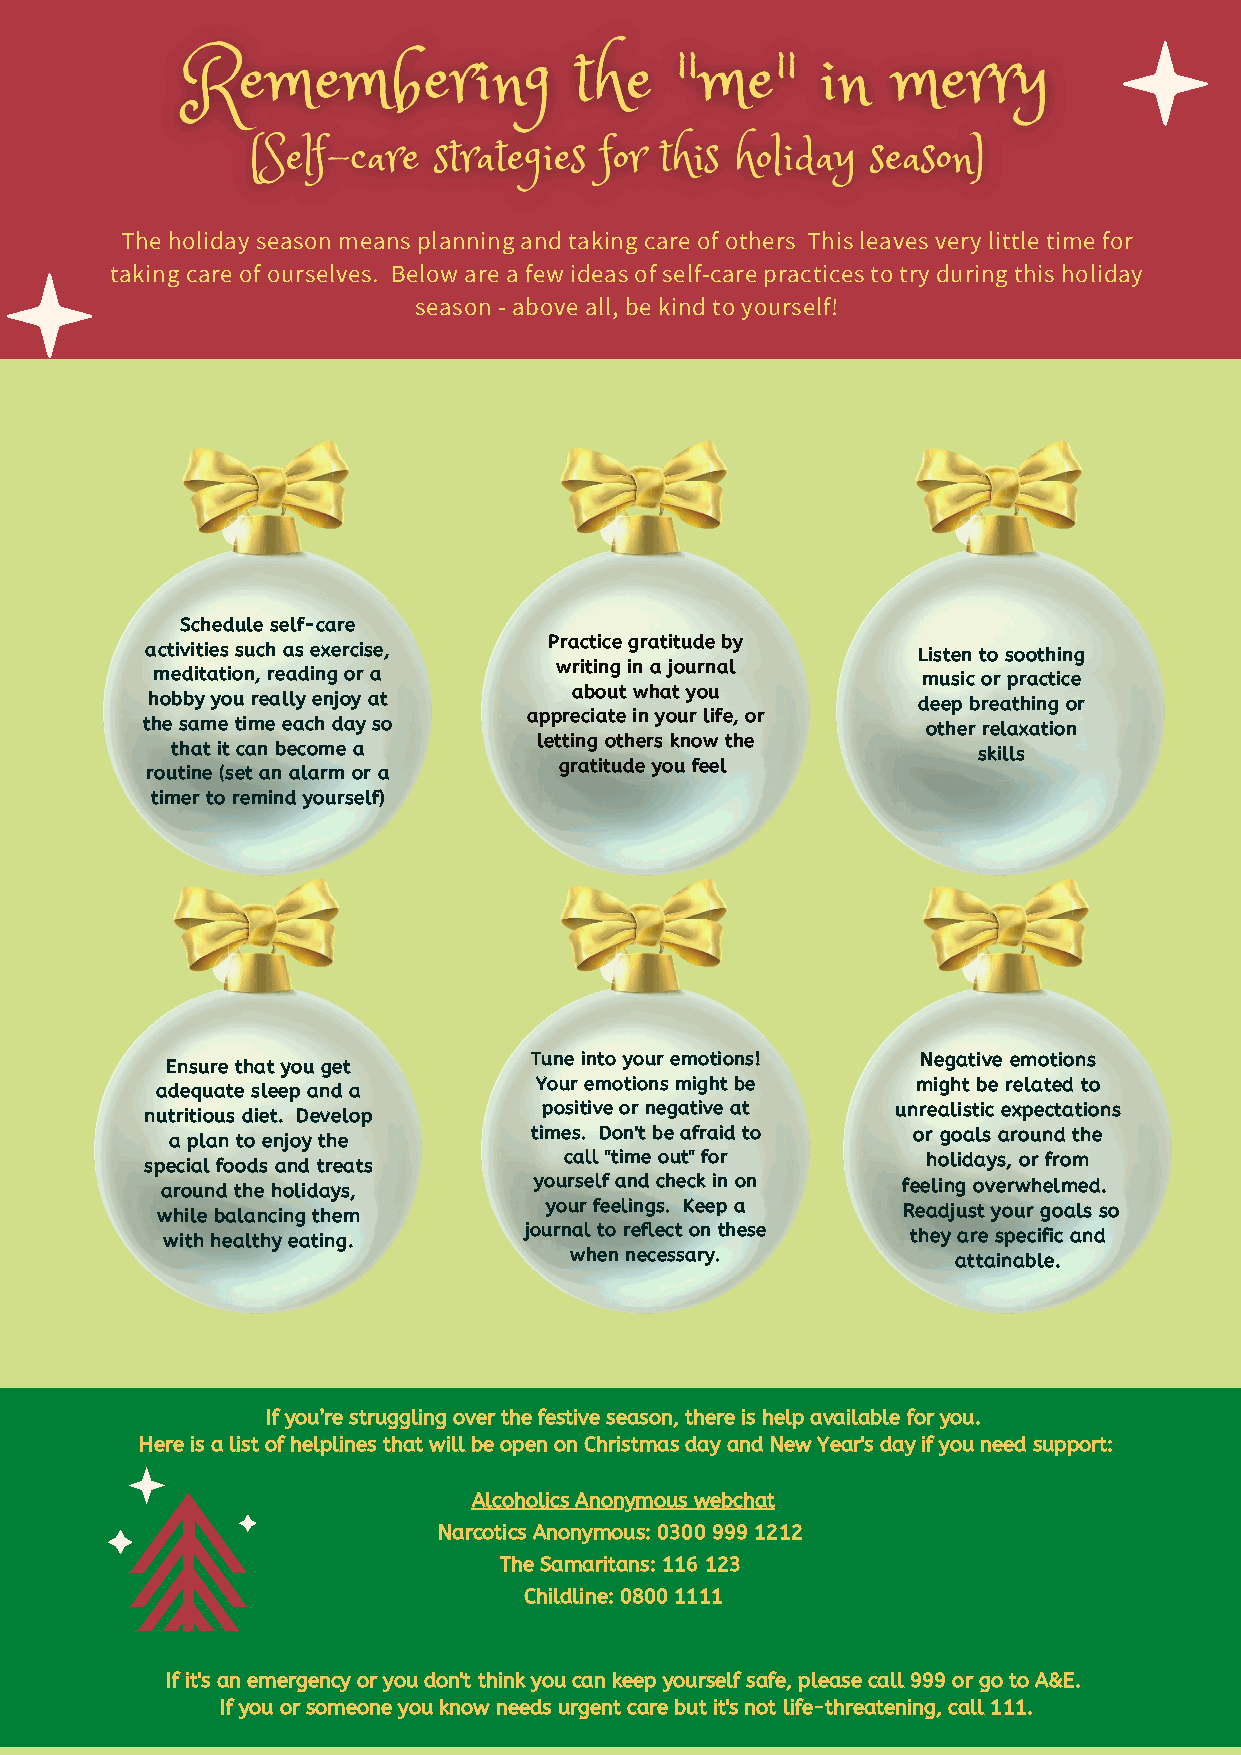
The holiday season means planning and taking care of others This leaves very little time for
 taking care of ourselves. Below are a few ideas of self-care practices to try during this holiday
 season - above all, be kind to yourself!
 Schedule self-care
 Practice gratitude by
 activities such as exercise,                       Listen to soothing
 writing in a journal
 meditation, reading or a                           music or practice
 about what you
 hobby you really enjoy at                          deep breathing or
 appreciate in your life, or
 the same time each day so                           other relaxation
 letting others know the
 that it can become a                                  skills
 gratitude you feel
 routine (set an alarm or a
 timer to remind yourself)
 Tune into your emotions!  Negative emotions
 Ensure that you get
 Your emotions might be    might be related to
 adequate sleep and a
 positive or negative at unrealistic expectations
 nutritious diet. Develop
 a plan to enjoy the     times. Don't be afraid to or goals around the
 special foods and treats   call "time out" for     holidays, or from
 around the holidays,    yourself and check in on feeling overwhelmed.
 while balancing them      your feelings. Keep a   Readjust your goals so
 with healthy eating.    journal to reflect on these they are specific and
 when necessary.          attainable.
 If you’re struggling over the festive season, there is help available for you.
 Here is a list of helplines that will be open on Christmas day and New Year's day if you need support:
 Alcoholics Anonymous webchat
 Narcotics Anonymous: 0300 999 1212
 The Samaritans: 116 123
 Childline: 0800 1111
 If it's an emergency or you don't think you can keep yourself safe, please call 999 or go to A&E.
 If you or someone you know needs urgent care but it's not life-threatening, call 111.